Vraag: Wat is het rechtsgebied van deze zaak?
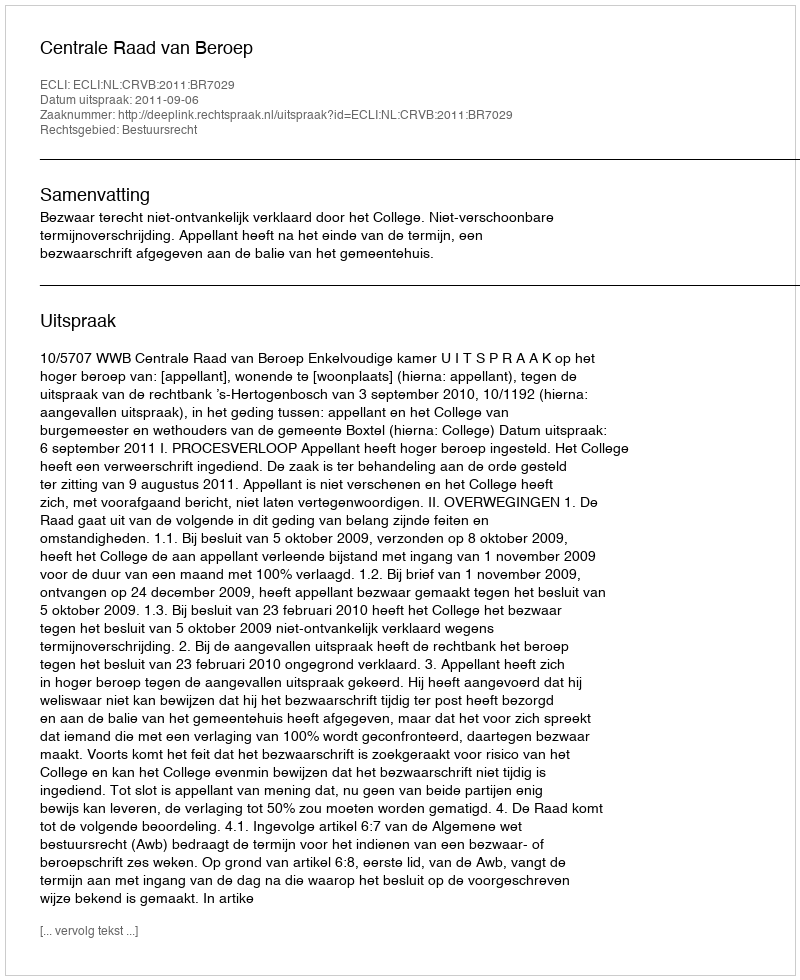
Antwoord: Bestuursrecht